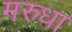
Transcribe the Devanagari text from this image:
मरुधा